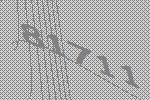
81711